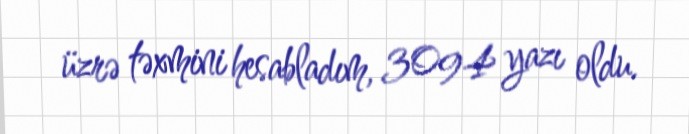
üzrə təxmini hesabladım, 3094 yazı oldu.